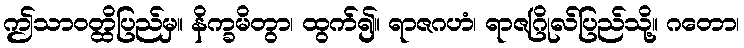
ဤသာဝတ္ထိပြည်မှ။ နိက္ခမိတွာ၊ ထွက်၍။ ရာဇဂဟံ၊ ရာဇဂြိုလ်ပြည်သို့။ ဂတော၊